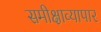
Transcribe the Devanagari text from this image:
समीक्षाव्यापार